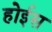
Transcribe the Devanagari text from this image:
होईस